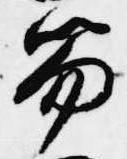
笏